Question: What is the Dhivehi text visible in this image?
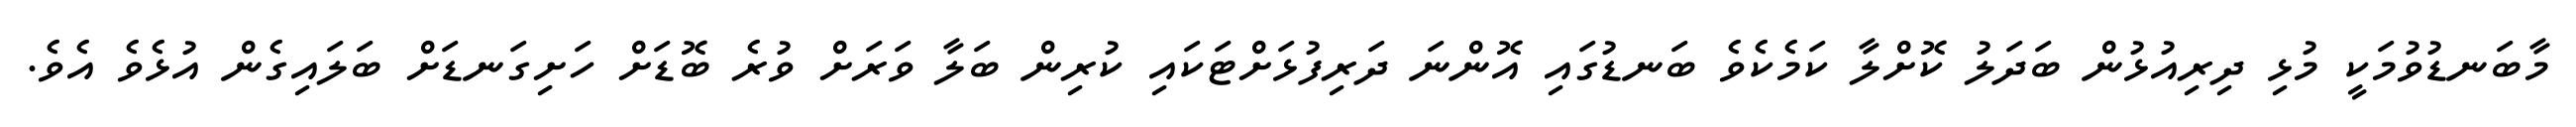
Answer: މާބަނޑުވުމަކީ މުޅި ދިރިއުޅުން ބަދަލު ކޮށްލާ ކަމެކެވެ ބަނޑުގައި އޮންނަ ދަރިފުޅަށްޓަކައި ކުރިން ބަލާ ވަރަށް ވުރެ ބޮޑަށް ހަށިގަނޑަށް ބަލައިގެން އުޅެވެ އެވެ.